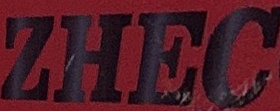
ZHEC